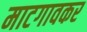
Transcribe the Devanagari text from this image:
माटगावकर